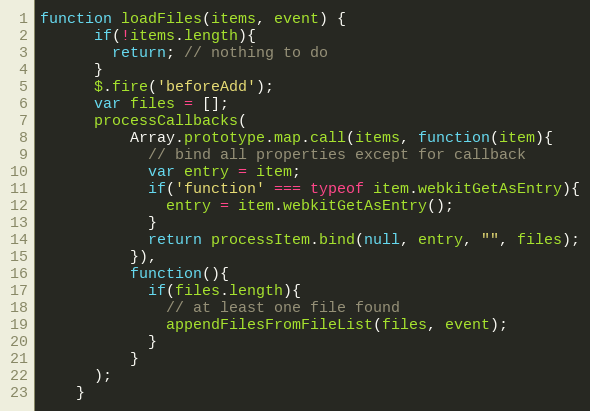
Language: JavaScript
function loadFiles(items, event) {
      if(!items.length){
        return; // nothing to do
      }
      $.fire('beforeAdd');
      var files = [];
      processCallbacks(
          Array.prototype.map.call(items, function(item){
            // bind all properties except for callback
            var entry = item;
            if('function' === typeof item.webkitGetAsEntry){
              entry = item.webkitGetAsEntry();
            }
            return processItem.bind(null, entry, "", files);
          }),
          function(){
            if(files.length){
              // at least one file found
              appendFilesFromFileList(files, event);
            }
          }
      );
    }